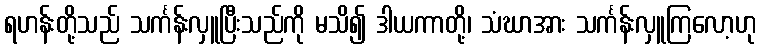
ရဟန်းတို့သည် သင်္ကန်းလှူပြီးသည်ကို မသိ၍ ဒါယကာတို့၊ သံဃာအား သင်္ကန်းလှူကြလော့ဟု